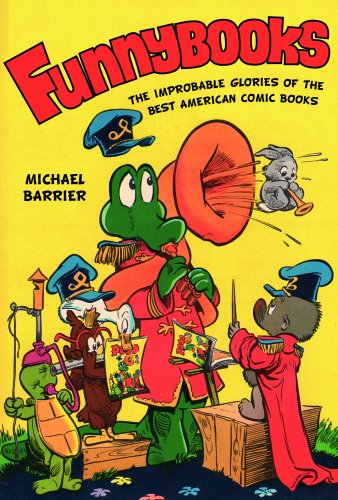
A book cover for Funnybooks: The Improbable Glories of the Best American Comic Books; MichÃ¦l Barrier; Comics & Graphic Novels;